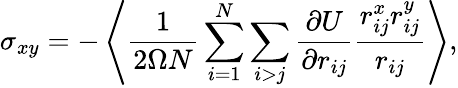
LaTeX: \sigma_{xy}=-\left\langle\frac{1}{2\Omega N}\sum_{i=1}^{N}\sum_{i>j}\frac{\partial U}{\partial r_{ij}}\frac{r_{ij}^{x}r_{ij}^{y}}{{r_{ij}}}\right\rangle,